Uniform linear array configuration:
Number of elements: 48
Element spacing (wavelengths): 0.25
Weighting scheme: uniform
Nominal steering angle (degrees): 15
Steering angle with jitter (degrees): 13.034
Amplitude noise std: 0.05
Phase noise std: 0.05

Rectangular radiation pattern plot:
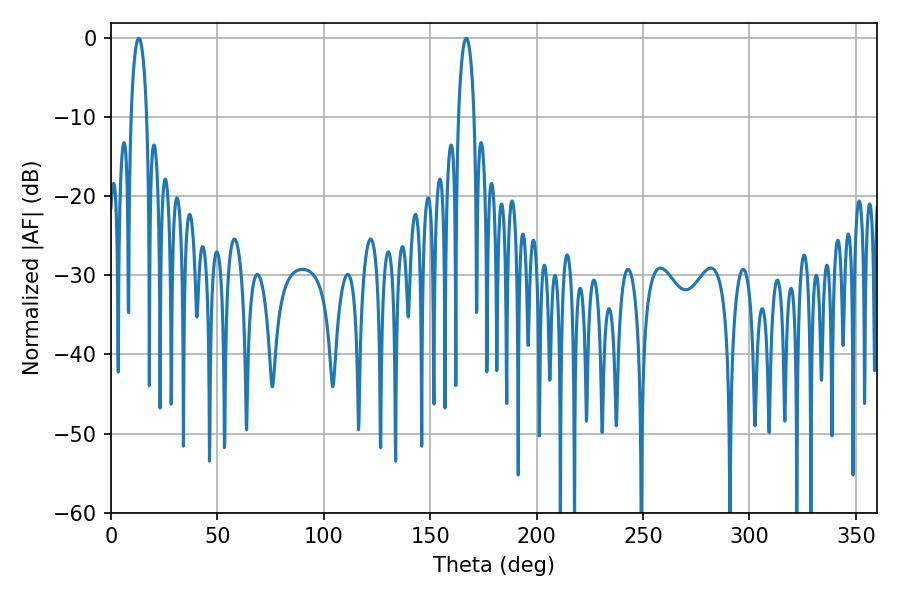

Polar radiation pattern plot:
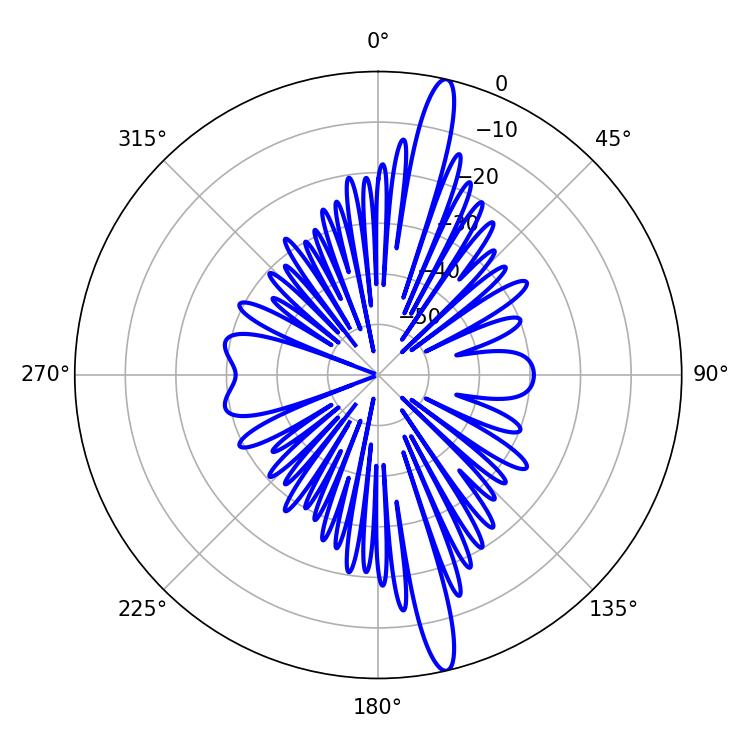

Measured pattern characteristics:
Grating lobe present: FALSE
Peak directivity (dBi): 17.183
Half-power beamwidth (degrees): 4.14
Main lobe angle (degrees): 13.14